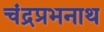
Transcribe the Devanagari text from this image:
चंद्रप्रभनाथ